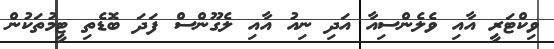
ވިކްޓަރީ އާއި ވެލެންސިއާ އަދި ނިއު އާއި ލެގޫންސް ފަދަ ބޮޑެތި ޓީމުތަކުން